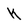
Character: k